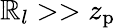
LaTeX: \mathbb{R}_{l}>>z_{\mathrm{{p}}}